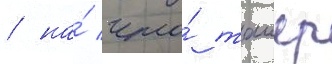
/ на́ что́ таиер